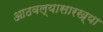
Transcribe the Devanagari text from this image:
आठवल्यासारख्या